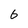
Character: 6